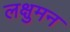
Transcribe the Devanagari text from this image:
लक्षुमन